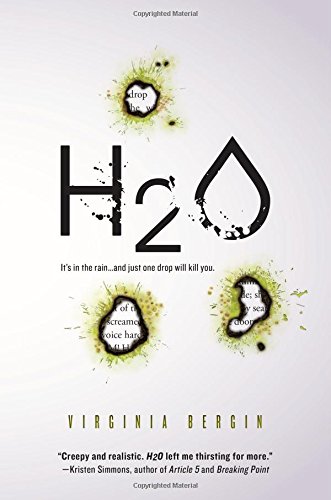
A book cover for H2O; Virginia Bergin; Teen & Young Adult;